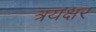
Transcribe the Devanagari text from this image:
त्रयक्षर